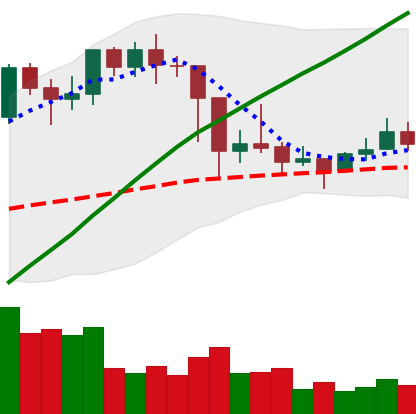
Ticker: LTC-USD
Chart end date: 2021-03-04
Forward return: 12.458%
Label: up_7plus